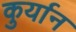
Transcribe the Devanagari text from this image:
कुर्यान